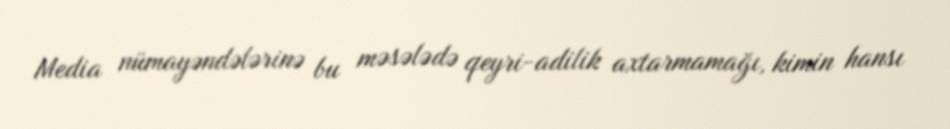
Media nümayəndələrinə bu məsələdə qeyri-adilik axtarmamağı, kimin hansı